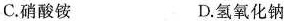
C.硝酸铵 D.氢氧化钠